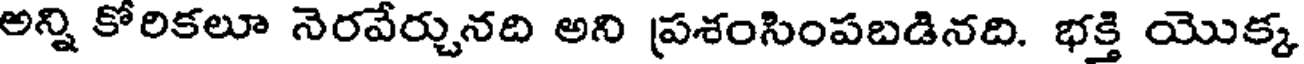
అన్ని కోరికలూ నెరవేర్చునది అని ప్రశంసింపబడినది. భక్తి యొక్క